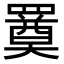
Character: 𦌚